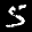
Label: 5